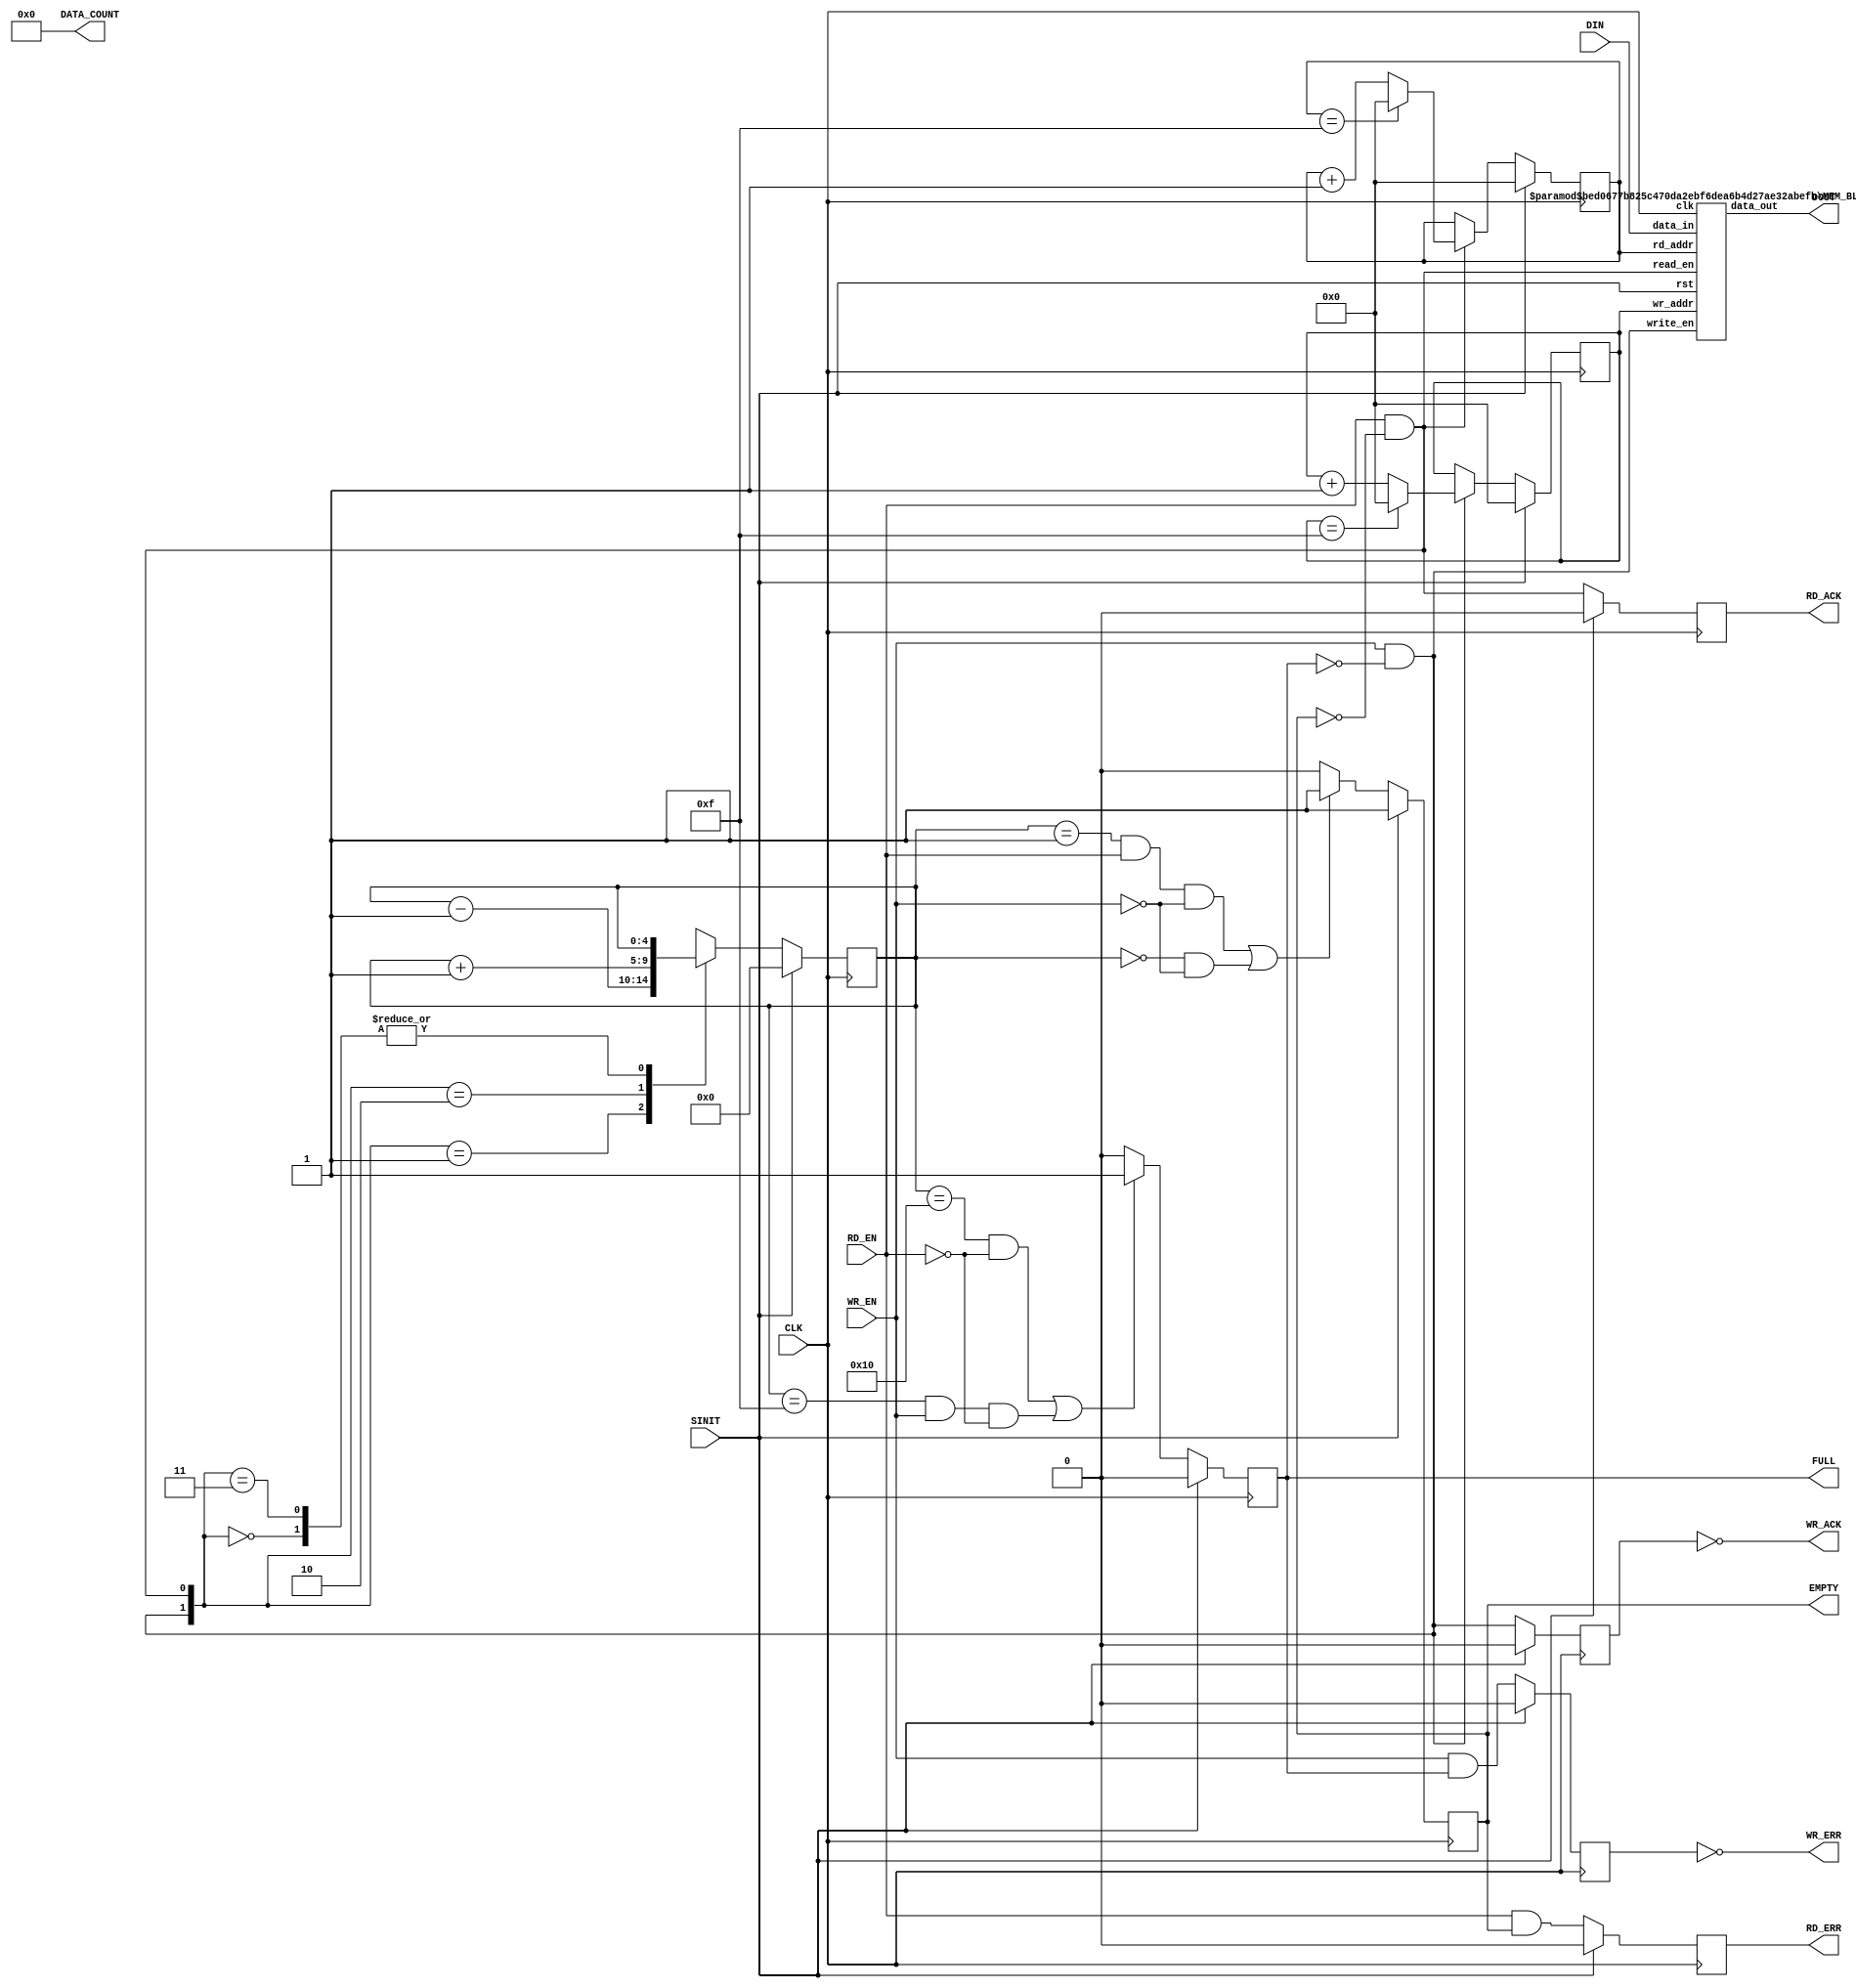
/*********************************************************************************
$RCSfile: SYNC_FIFO_V5_0.v,v $ $Revision: 1.12 $ $Date: 2008/09/08 20:09:59 $
**********************************************************************************
* Synchronous Fifo  - Verilog Behavioral Model
*****************************************************************************
*
*
* Description :  Synchronous FIFO behavioral model
*
*
***********************************************************************************/
//  Copyright(C) 2004 by Xilinx, Inc. All rights reserved.
//  This text/file contains proprietary, confidential
//  information of Xilinx, Inc., is distributed under license
//  from Xilinx, Inc., and may be used, copied and/or
//  disclosed only pursuant to the terms of a valid license
//  agreement with Xilinx, Inc.  Xilinx hereby grants you
//  a license to use this text/file solely for design, simulation,
//  implementation and creation of design files limited
//  to Xilinx devices or technologies. Use with non-Xilinx
//  devices or technologies is expressly prohibited and
//  immediately terminates your license unless covered by
//  a separate agreement.
//
//  Xilinx is providing this design, code, or information
//  "as is" solely for use in developing programs and
//  solutions for Xilinx devices.  By providing this design,
//  code, or information as one possible implementation of
//  this feature, application or standard, Xilinx is making no
//  representation that this implementation is free from any
//  claims of infringement.  You are responsible for
//  obtaining any rights you may require for your implementation.
//  Xilinx expressly disclaims any warranty whatsoever with
//  respect to the adequacy of the implementation, including
//  but not limited to any warranties or representations that this
//  implementation is free from claims of infringement, implied
//  warranties of merchantability or fitness for a particular
//  purpose.
//
//  Xilinx products are not intended for use in life support
//  appliances, devices, or systems. Use in such applications are
//  expressly prohibited.
//
//  This copyright and support notice must be retained as part
//  of this text at all times. (c) Copyright 1995-2004 Xilinx, Inc.
//  All rights reserved.

`timescale 1ns/10ps

/**********************************************************************************
* Declare top-level module
**********************************************************************************/

module SYNC_FIFO_V5_0 (  CLK,
                      SINIT,
                      DIN,
                      WR_EN,
                      RD_EN,
                      DOUT,
                      FULL,
                      EMPTY,
                      RD_ACK,
                      WR_ACK,
                      RD_ERR,
                      WR_ERR,
                      DATA_COUNT 
                       );


/**********************************************************************************
* Parameter Declarations
**********************************************************************************/
  parameter  c_dcount_width          =  9 ; //  width of the dcount . Adjustable by customer
  parameter  c_enable_rlocs          =  0; // 
  parameter  c_has_dcount            =  1 ; // 
  parameter  c_has_rd_ack            =  1; // 
  parameter  c_has_rd_err            =  1; // 
  parameter  c_has_wr_ack            =  1; // 
  parameter  c_has_wr_err            =  1; // 
  parameter  c_memory_type           =  0; //
  parameter  c_ports_differ          =  0; //
  parameter  c_rd_ack_low            =  0; //
  parameter  c_rd_err_low            =  0  ; //   
  parameter  c_read_data_width       =  16  ; //  
  parameter  c_read_depth            =  0  ; //
  parameter  c_write_data_width      =  16 ; //
  parameter  c_write_depth           =  16 ;  //
  parameter  c_wr_ack_low            =  1 ; // 
  parameter  c_wr_err_low            =  1 ; // 




parameter addr_max      = (c_write_depth == 16 ? 4:
                          (c_write_depth == 32 ? 5:
                          (c_write_depth == 64 ? 6 :
                          (c_write_depth == 128 ? 7 :
                          (c_write_depth == 256 ? 8 :
                          (c_write_depth == 512 ? 9 :
                          (c_write_depth == 1024 ? 10 :
                          (c_write_depth == 2048 ? 11 :
                          (c_write_depth == 4096 ? 12 :
                          (c_write_depth == 8192 ? 13 :
                          (c_write_depth == 16384 ? 14 :
                          (c_write_depth == 32768 ? 15 :
                          (c_write_depth == 65536 ? 16 : 6)))))))))))));

/***********************************************************************************
* Input and Output Declarations
***********************************************************************************/
input                       CLK;      // CLK Signal.
input                       SINIT;    // High Asserted Reset signal.
input [(c_write_data_width-1):0]      DIN;  // Data Into FIFO.
input                       WR_EN;    // Write into FIFO Signal.
input                       RD_EN;    // Read From FIFO Signal.

output [(c_read_data_width-1):0]      DOUT;   // FIFO Data out.
output                      FULL;     // FIFO Full indicating signal.
output                      EMPTY;    // FIFO Empty indicating signal.
output                      RD_ACK ;  // Read Acknowledge signal
output                      WR_ACK ;  // Write Acknowledge signal
output                      RD_ERR ; // Rejection of RD_EN active on prior clock edge
output                      WR_ERR ; // Rejection of WR_EN active on prior clock edge
output [(c_dcount_width-1):0]        DATA_COUNT ;


reg                FULL;
reg                EMPTY;
wire               RD_ACK_internal ;
wire               WR_ACK_internal ;
wire               RD_ERR_internal ;
wire               WR_ERR_internal ;
wire [(c_dcount_width-1):0] DATA_COUNT_int ;
reg [(c_dcount_width-1):0] DATA_COUNT ;

integer k,j ;



reg                rd_ack_int ;
reg                rd_err_int ;
reg                wr_ack_int ;
reg                wr_err_int ;

integer            N ;

reg    [addr_max:0]       fcounter;    // counter indicates num of data in FIFO
reg    [addr_max:0]       fcounter_max ; // value of fcounter OR with MSB of fcounter       
reg    [(addr_max-1):0]   rd_ptr;      // current read pointer.
reg    [(addr_max-1):0]   wr_ptr;      // current write pointer.
wire   [(c_write_data_width-1):0]    memory_dataout; // Data Out from the  MemBlk
wire   [(c_write_data_width-1):0]    memory_datain ;  // Data into the  MemBlk

wire   write_allow = (WR_EN && (!FULL)) ;
wire   read_allow = (RD_EN && (!EMPTY)) ;

assign DOUT     = memory_dataout;  
assign memory_datain = DIN;

assign RD_ACK_internal = (c_rd_ack_low == 0 )  ? rd_ack_int : (!rd_ack_int) ;
assign WR_ACK_internal = (c_wr_ack_low == 0 )  ? wr_ack_int : (!wr_ack_int) ;
assign RD_ERR_internal = (c_rd_err_low == 0 )  ? rd_err_int : (!rd_err_int) ;
assign WR_ERR_internal = (c_wr_err_low == 0 )  ? wr_err_int : (!wr_err_int) ;

// assign DATA_COUNT = (c_has_dcount == 0 ) ? {c_dcount_width{1'bX}} : DATA_COUNT_int ;
assign RD_ACK     = (c_has_rd_ack == 0 ) ? 1'bX : RD_ACK_internal ;
assign WR_ACK     = (c_has_wr_ack == 0 ) ? 1'bX : WR_ACK_internal ;
assign RD_ERR     = (c_has_rd_err == 0 ) ? 1'bX : RD_ERR_internal ;
assign WR_ERR     = (c_has_wr_err == 0 ) ? 1'bX : WR_ERR_internal ;     


    MEM_BLK_V5_0 # (addr_max, c_write_data_width, c_write_depth)  memblk(.clk(CLK),
                                                                         .write_en(write_allow),
                                                                         .read_en(read_allow),
                                                                         .rd_addr(rd_ptr),
                                                                         .wr_addr(wr_ptr),
                                                                         .data_in(memory_datain),
                                                                         .data_out(memory_dataout),
                                                                         .rst(SINIT)
                                                                          ) ;

/***********************************************************************************
* Initialize the outputs for simulation purposes
***********************************************************************************/

    initial begin

        wr_ack_int = 0 ;

        rd_ack_int = 0 ;

        rd_err_int = 0 ; 

        wr_err_int = 0 ; 
        
        FULL = 0 ;
        EMPTY = 1 ;  

        for (k = 0; k < c_dcount_width; k = k + 1)
            DATA_COUNT[k] = 0 ;
    end

// DATA_COUNT assignment

always @(fcounter_max)
begin
  if  ((c_has_dcount == 1) && (c_dcount_width <= addr_max ) ) 
  begin
    for (j=(addr_max - c_dcount_width); j<addr_max; j=j+1 )
     DATA_COUNT[j-(addr_max - c_dcount_width)] = fcounter_max[j];
  end
end

always @(fcounter) 
begin 
  if ((c_has_dcount == 1) && (c_dcount_width ==  addr_max + 1 ))  
     DATA_COUNT = fcounter;
end 


/***********************************************************************************
* Handshaking signals
***********************************************************************************/
// Read Ack logic

always @(posedge CLK )
begin
    if (SINIT) 
        rd_ack_int <= 0 ;
    else
        rd_ack_int <= RD_EN && (! EMPTY);
end 

// Write Ack logic

always @(posedge CLK ) 
begin 
    if (SINIT)   
       wr_ack_int <= 0 ; 
    else 
       wr_ack_int <= WR_EN && (! FULL );
end 

// Read Error handshake signal logic

always @(posedge CLK )
begin
    if (SINIT)
       rd_err_int <= 0 ;
    else
       rd_err_int <= RD_EN &&  EMPTY;
end

// Write Error handshake signal logic 

always @(posedge CLK ) 
begin
    if (SINIT)
       wr_err_int <= 0 ; 
    else    
       wr_err_int <= WR_EN &&  FULL; 
end 

always @(fcounter)
begin

for (N = 0 ; N<= addr_max ; N = N + 1)
    fcounter_max[N] = fcounter[addr_max] || fcounter[N] ;


end 


/***********************************************************************************
 * Control circuitry for FIFO. If SINIT signal is asserted
 * all the counters are set to 0. IF write only the write counter
 * is incremented else if read only read counter is incremented
 * else if both, read and write counters are incremented.
 * fcounter indicates the num of items in the fifo. Write only
 * increments  the fcounter, read only decrements the counter and
 * read && write doen't change the counter value.
 ***********************************************************************************/

// Read Counter

always @(posedge CLK )
begin
   if (SINIT) 
      rd_ptr <= 0;
   else begin
      if (read_allow == 1'b1) begin
         if ( rd_ptr == (c_write_depth -1 ))  // Need to support any arbitrary depth
            rd_ptr <= 0 ;
         else
            rd_ptr <= rd_ptr + 1 ;
      end
   end
end

// Write Counter
 
always @(posedge CLK )
begin
   if (SINIT) 
      wr_ptr <= 0;
   else begin 
      if (write_allow == 1'b1) begin
         if  ( wr_ptr == (c_write_depth -1 )) // Need to support any arbitrary depth
             wr_ptr <= 0 ;
         else
             wr_ptr <= wr_ptr + 1 ;
      end 
   end   
end 

// Fifo Content Counter

always @(posedge CLK )
begin
   if (SINIT) 
      fcounter <= 0;
   else begin
      case ({write_allow, read_allow})
         2'b00 : fcounter <= fcounter ;
         2'b01 : fcounter <= fcounter - 1 ;
         2'b10 : fcounter <= fcounter + 1 ;
         2'b11 : fcounter <= fcounter ;
      endcase
   end
end 


 

/***********************************************************************************
 * EMPTY signal indicates FIFO Empty Status. When SINIT is active, EMPTY is   
 * asserted indicating the FIFO is empty. After the First Data is
 * put into the FIFO the signal is deasserted.
 **********************************************************************************/

always @(posedge CLK )
begin

  if (SINIT)
     EMPTY <= 1'b1;

  else begin

     if ( ( (fcounter==1) && RD_EN && (!WR_EN)) || ( (fcounter == 0) && (!WR_EN) ) )

          EMPTY <= 1'b1;
 
     else 

          EMPTY <= 1'b0;
  end
end
 


/***********************************************************************************
 * FULL Flag logic
 **********************************************************************************/

always @(posedge CLK )
begin
 
  if (SINIT)
 
    FULL <= 1'b0;
 
  else begin
 
    if (((fcounter == c_write_depth) && (!RD_EN) ) || ((fcounter == c_write_depth-1) && WR_EN && (!RD_EN)))
       
       FULL <= 1'b1;
 
    else 
    
       FULL <= 1'b0;
    
  end
end
       
endmodule




module MEM_BLK_V5_0( clk,
                     write_en,
                     read_en,
                     wr_addr,
                     rd_addr,
                     data_in,
                     data_out,
                     rst
                   );

parameter addr_value = 4  ;
parameter data_width = 16 ;
parameter mem_depth      = 16 ;


input                    clk;       // input clk.
input                    write_en;    // Write Signal to put datainto fifo.
input                    read_en ;
input  [(addr_value-1):0]  wr_addr;   // Write Address.
input  [(addr_value-1):0]  rd_addr;   // Read Address.
input  [(data_width-1):0]   data_in;   // DataIn in to Memory Block
input                    rst ;

output [(data_width-1):0]   data_out;  // Data Out from the Memory Block(FIFO)

reg  [(data_width-1):0] data_out;  

reg    [(data_width-1):0] FIFO[0:(mem_depth-1)];


initial begin
data_out = 0 ;
end




always @(posedge clk)
begin
   if (rst == 1'b1)
      data_out <= 0 ; 
   else
      begin
        if (read_en == 1'b1) 
          data_out  <= FIFO[rd_addr];
      end
end

always @(posedge clk)
begin
   if(write_en ==1'b1)
      FIFO[wr_addr] <= data_in;
end

endmodule